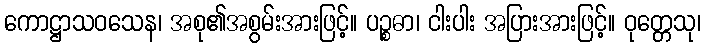
ကောဋ္ဌာသဝသေန၊ အစု၏အစွမ်းအားဖြင့်။ ပဉ္စဓာ၊ ငါးပါး အပြားအားဖြင့်။ ဝုတ္တေသု၊